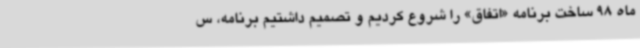
ماه 98 ساخت برنامه «اتفاق» را شروع کردیم و تصمیم داشتیم برنامه، س